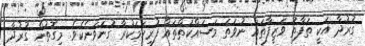
ގުރުދާ އަކީ ތަފާތު ވަޒީފާތައް ނުވަތަ މަސައްކަތްތައް ފުރިހަމަކުރާ ގުނަވަނެކެވެ. މިގޮތުން ގުރުދާ